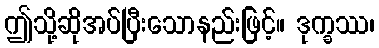
ဤသို့ဆိုအပ်ပြီးသောနည်းဖြင့်။ ဒုက္ခဿ၊